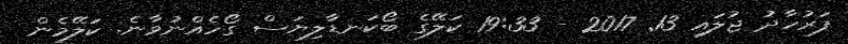
ފަރުހާދު ޖުލައި 13